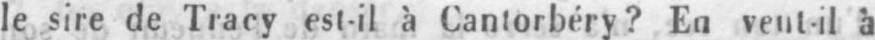
le sire de Tracy est-il à Cantorbéry? En vent-il à